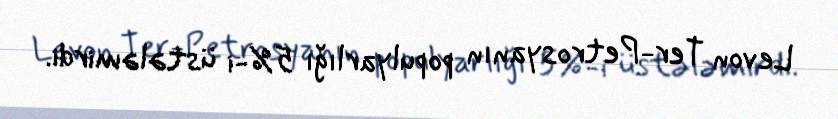
Levon Ter-Petrosyanın populyarlığı 5%-i üstələmirdi.